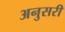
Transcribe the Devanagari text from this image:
अनुसरी